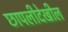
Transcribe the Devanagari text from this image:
छापलीदेखील